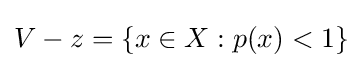
{\textstyle V-z=\{x\in X:p(x)<1\}}